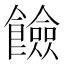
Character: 𩟅